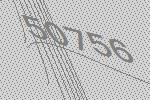
50756